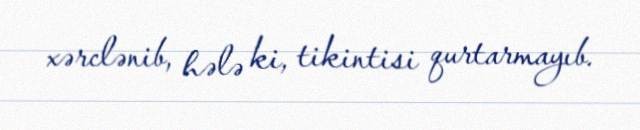
xərclənib, hələ ki, tikintisi qurtarmayıb.